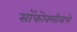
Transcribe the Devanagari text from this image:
सॉफोक्लीसचे